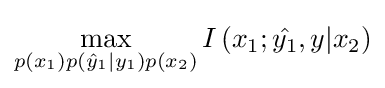
\max _{p(x_{1})p({\hat {y}}_{1}|y_{1})p(x_{2})}I\left(x_{1};{\hat {y_{1}}},y|x_{2}\right)